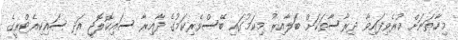
މިހާތަނަށް ކުރެވިފައިވާ ދިރާސާތަކަށް ބަލާއިރު މިކަމުގައި ބޭސްވެރިކަމުގެ ދާއިރާ ސައިކޮލޮޖީ އަދި ސައިކިއެޓްރީގެ